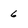
Character: 6